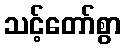
သင့်တော်စွာ